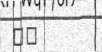
٧٨